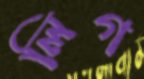
লিগ